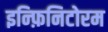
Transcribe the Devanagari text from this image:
इन्फ़िनिटोरम